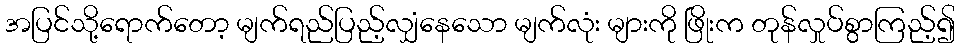
အပြင်သို့ရောက်တော့ မျက်ရည်ပြည့်လျှံနေသော မျက်လုံး များကို ဖြိုးက တုန်လှုပ်စွာကြည့်၍